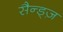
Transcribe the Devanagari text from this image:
सैन्ड्ज़